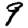
Digit: 9